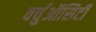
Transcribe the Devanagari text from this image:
वर्चुऑसिटी